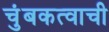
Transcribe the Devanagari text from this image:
चुंबकत्वाची